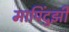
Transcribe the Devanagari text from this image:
मापिंदुझी